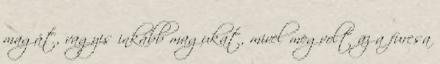
magát, vagyis inkább magukat, mivel megvolt az a furcsa